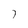
Character: 7